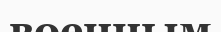
военным